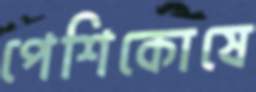
পেশিকোষে